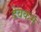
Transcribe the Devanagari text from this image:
देवकर्म